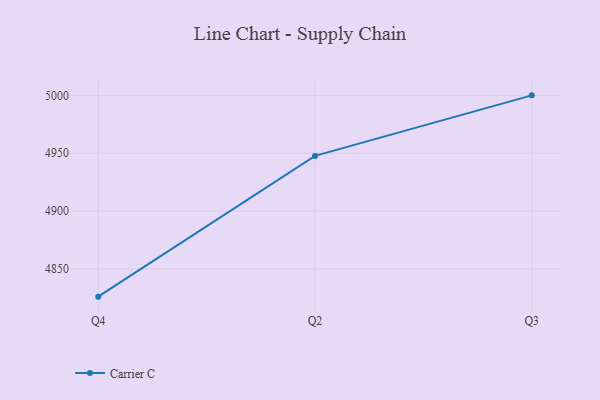
{"axis": {"x": "Quarter", "y": "Demand Index"}, "legend": ["Carrier C"], "data": [{"x": "Q4", "y": 4826.1, "type": "Carrier C"}, {"x": "Q2", "y": 4947.7, "type": "Carrier C"}, {"x": "Q3", "y": 5000, "type": "Carrier C"}]}